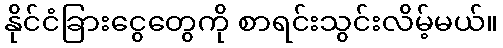
နိုင်ငံခြားငွေတွေကို စာရင်းသွင်းလိမ့်မယ်။